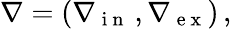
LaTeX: \nabla=(\nabla{}_{\mathrm{~i~n~}}\, ,\nabla{}_{\mathrm{~e~x~}})\, ,